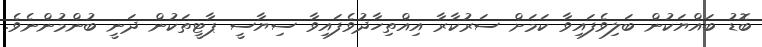
ބޮޑު ބައްޔަކުން ބަލިވެފައިވާ ކަމަށް ސަރުކާރާ އިއްތިހާދުވެފައިވާ ސިޔާސީ ޕާޓީތަކުން ދަނީ ބުންމުންނެވެ.